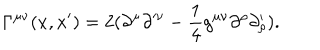
\Gamma ^ { \mu \nu } ( x , x ^ { \prime } ) = 2 ( \partial ^ { \mu } \partial ^ { \prime \nu } - \frac { 1 } { 4 } g ^ { \mu \nu } \partial ^ { \rho } \partial _ { \rho } ^ { \prime } ) .